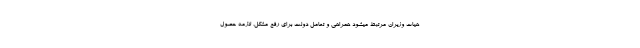
هیات وزیران مرتبط میشود همراهی و تعامل دولت برای رفع مشکل، لازمه حصول